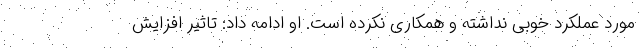
مورد عملکرد خوبی نداشته و همکاری نکرده است. او ادامه داد: تاثیر افزایش